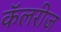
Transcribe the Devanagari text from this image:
कॅलरीज